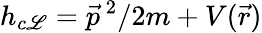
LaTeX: h_{c\mathscr{L}}=\vec{{p}}^{~2}/2m+V(\vec{{r}})